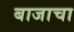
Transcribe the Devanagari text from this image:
बाजाचा